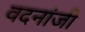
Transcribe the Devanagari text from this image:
वदनांजी